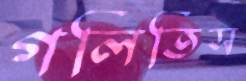
গলিতিস